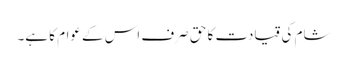
شام کی قیادت کا حق صرف اس کے عوام کا ہے۔